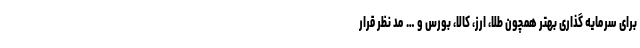
برای سرمایه گذاری بهتر همچون طلا، ارز، کالا، بورس و … مد نظر قرار